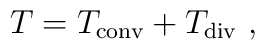
T=T_{\rm conv}+T_{\rm div} \ ,